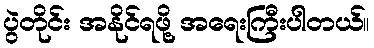
ပွဲတိုင်း အနိုင်ရဖို့ အရေးကြီးပါတယ်။